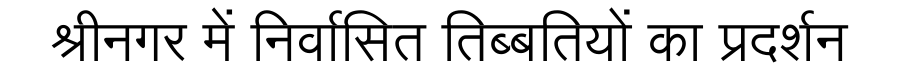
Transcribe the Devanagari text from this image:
श्रीनगर में निर्वासित तिब्बतियों का प्रदर्शन